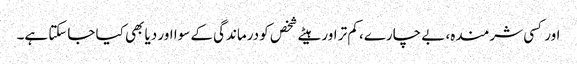
اور کسی شرمندہ، بے چارے، کم تر اور ہیٹے شخص کو درماندگی کے سوا اور دیا بھی کیا جاسکتا ہے۔